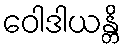
ဝေါဒါယန္တိ